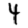
Digit: 4